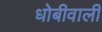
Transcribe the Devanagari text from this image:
धोबीवाली